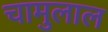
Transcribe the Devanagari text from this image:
चामुलाल